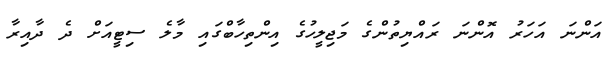
އަންނަ އަހަރު އޮންނަ ރައްޔިތުންގެ މަޖިލީހުގެ އިންތިހާބްގައި މާލެ ސިޓީއަށް ދެ ދާއިރާ